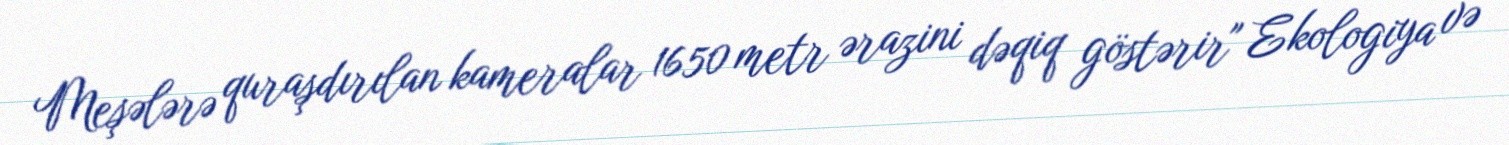
Meşələrə quraşdırılan kameralar 1650 metr ərazini dəqiq göstərir" Ekologiya və